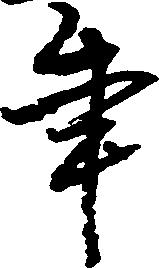
年